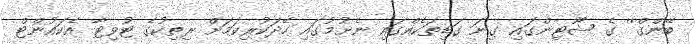
ބޭންގް'' ގެ ޝޫޓިންގައި ގިނަ ގަޑިތަކެއްގައި ނެށުމުގައި ހޭދަކުރިކަމަށް ރިތިކުގެ ޓުވިޓާ އެކައުންޓް